Indian journal of veterinary science and animal husbandry - Volume 11,
Year: 1941
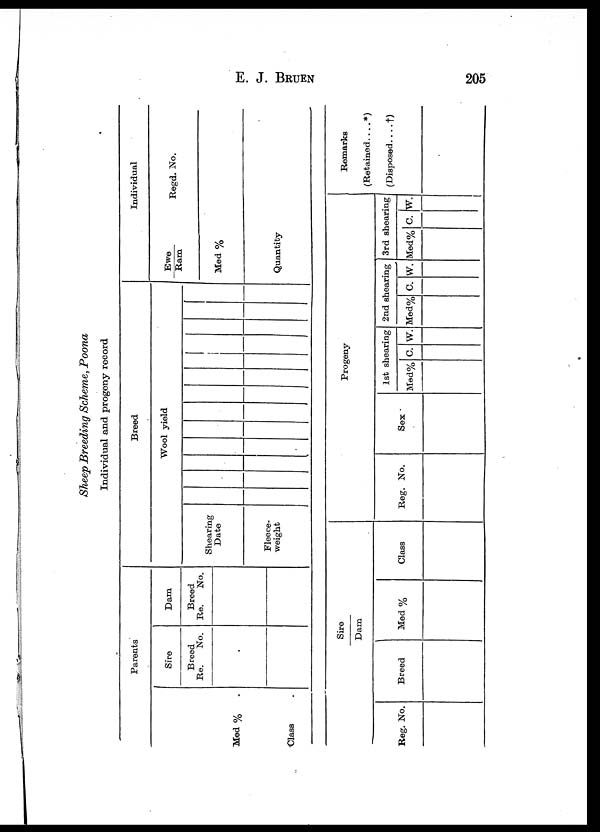
E.
J.
BRUEN
205
Sheep Breeding Scheme, Poona
Individual and progeny record
Parents
Med %
Class
Reg. No.
.
.
Sire
Breed
Re.
No.
Breed
Sire
Dam
Dam
Breed
Re. No.
Med %
Breed
Shearing
Date
Fleece-
weight
Class
Reg.
Wool yield
No.
Sex
Progeny
1st shearing
Med% C. W.
Individual
Ewe
Ram
Med%
Quantity
2nd shearing
Med%| C. W.
Regd No.
3rd shearing
Med% C. W.
Remarks
(Retained....*)
(Disposed....†)